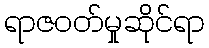
ရာဇဝတ်မှုဆိုင်ရာ